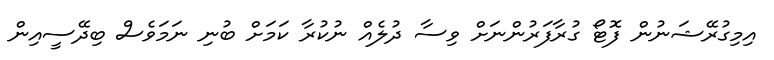
އިމިގުރޭޝަނުން ފޮޓޯ ގުރާފަރުންނަށް ވިސާ ދުލެއް ނުކުރާ ކަމަށް ބުނި ނަމަވެސް ބިދޭސީއިން